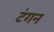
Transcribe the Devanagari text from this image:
टंगन